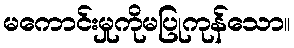
မကောင်းမှုကိုမပြုကုန်သော။